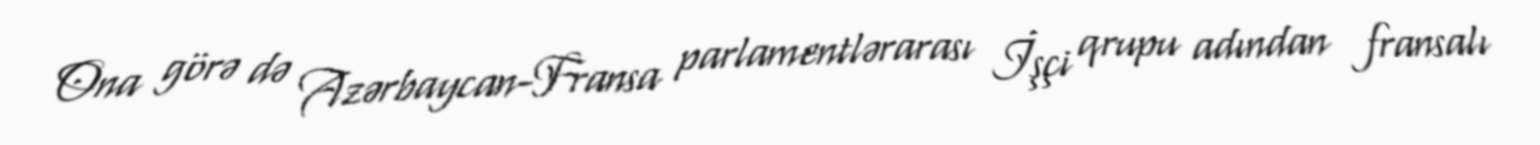
Ona görə də Azərbaycan-Fransa parlamentlərarası İşçi qrupu adından fransalı